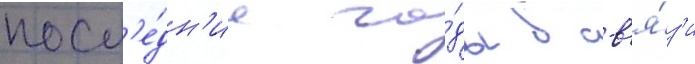
посл'е́дн'ие го́ды в св'я́з'и